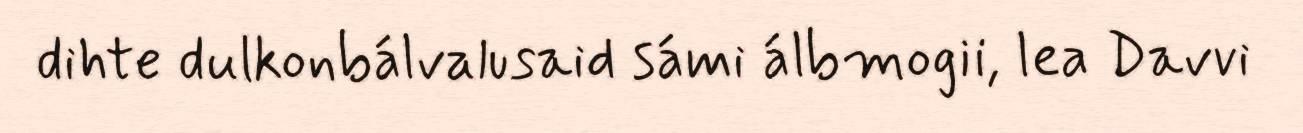
dihte dulkonbálvalusaid sámi álbmogii, lea Davvi